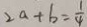
2 a + b = \frac { 1 } { 4 }